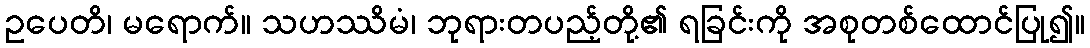
ဥပေတိ၊ မရောက်။ သဟဿိမံ၊ ဘုရားတပည့်တို့၏ ရခြင်းကို အစုတစ်ထောင်ပြု၍။